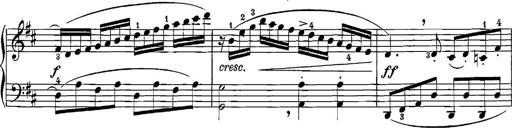
Title: 12 Sonatinas
Composer: Ignaz Pleyel